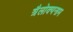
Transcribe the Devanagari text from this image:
त्रैलोक्यनाम